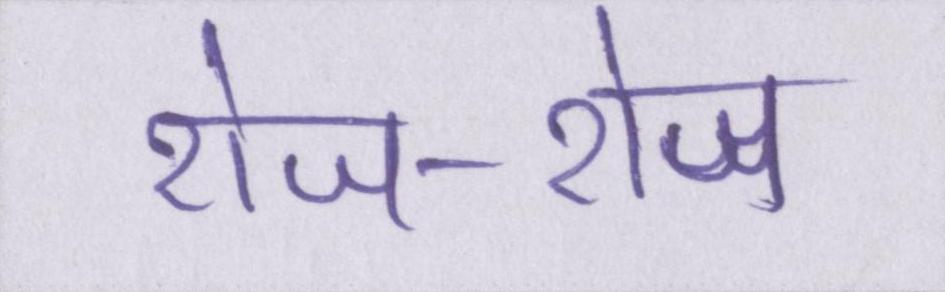
रोज-रोज